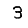
Digit: 3